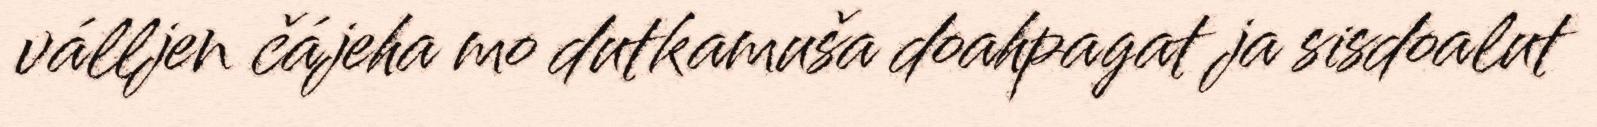
válljen čájeha mo dutkamuša doahpagat ja sisdoalut